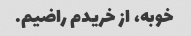
خوبه، از خریدم راضیم.